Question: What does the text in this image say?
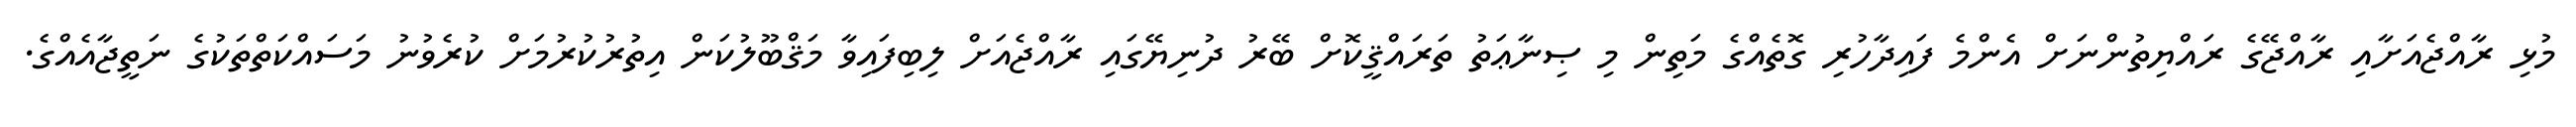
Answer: މުޅި ރާއްޖެއަށާއި ރާއްޖޭގެ ރައްޔިތުންނަށް އެންމެ ފައިދާހުރި ގޮތެއްގެ މަތިން މި ޞިނާޢަތު ތަރައްޤީކޮށް ބޭރު ދުނިޔޭގައި ރާއްޖެއަށް ލިބިފައިވާ މަޤްބޫލުކަން އިތުރުކުރުމަށް ކުރެވުނު މަސައްކަތްތަކުގެ ނަތީޖާއެއްގެ.